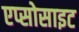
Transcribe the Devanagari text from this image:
एप्सोसाइट